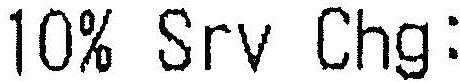
10% SRV CHG: